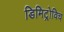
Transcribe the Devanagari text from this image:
डिमिट्रोविच